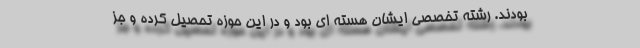
بودند. رشته تخصصی ایشان هسته ای بود و در این حوزه تحصیل کرده و جز